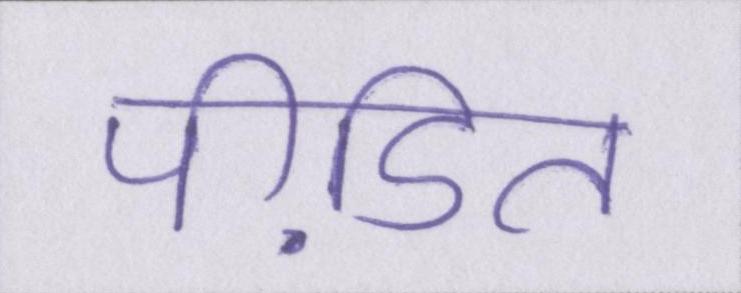
पीडि़त